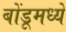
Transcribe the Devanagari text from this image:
बोंडूमध्ये